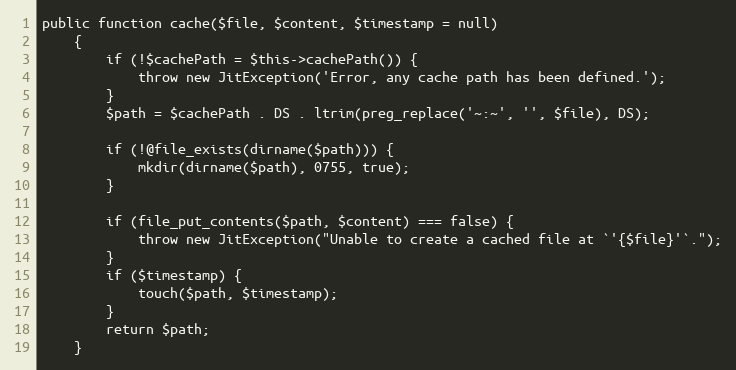
Language: PHP
public function cache($file, $content, $timestamp = null)
    {
        if (!$cachePath = $this->cachePath()) {
            throw new JitException('Error, any cache path has been defined.');
        }
        $path = $cachePath . DS . ltrim(preg_replace('~:~', '', $file), DS);

        if (!@file_exists(dirname($path))) {
            mkdir(dirname($path), 0755, true);
        }

        if (file_put_contents($path, $content) === false) {
            throw new JitException("Unable to create a cached file at `'{$file}'`.");
        }
        if ($timestamp) {
            touch($path, $timestamp);
        }
        return $path;
    }